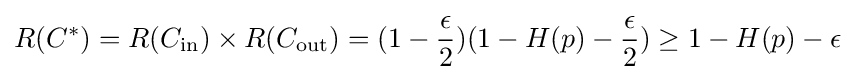
R(C^{*})=R(C_{\text{in}})\times R(C_{\text{out}})=(1-{\frac {\epsilon }{2}})(1-H(p)-{\frac {\epsilon }{2}})\geq 1-H(p)-\epsilon